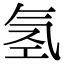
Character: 氢